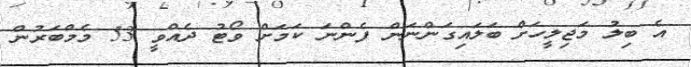
އެ ބިލު މަޖިލީހަށް ބަލައިގަންނަން ފެންނަ ކަމަށް ވޯޓު ދެއްވީ 53 މެމްބަރުން